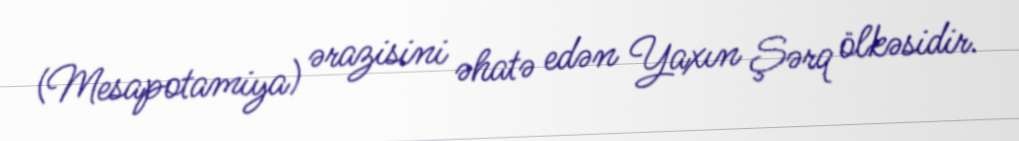
(Mesapotamiya) ərazisini əhatə edən Yaxın Şərq ölkəsidir.